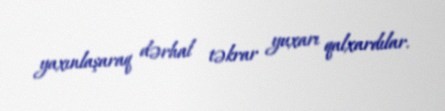
yaxınlaşaraq dərhal təkrar yuxarı qalxardılar.